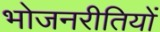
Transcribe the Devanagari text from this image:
भोजनरीतियों